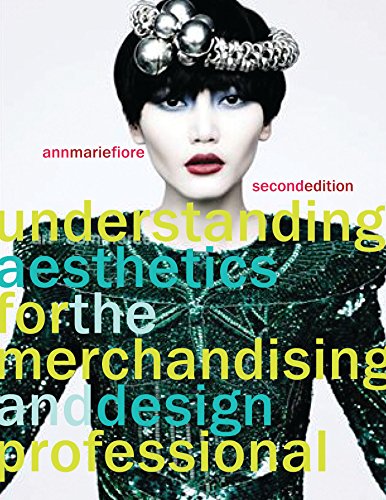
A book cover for Understanding Aesthetics for the Merchandising and Design Professional; Ann Marie Fiore; Business & Money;